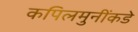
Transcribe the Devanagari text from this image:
कपिलमुनींकडे